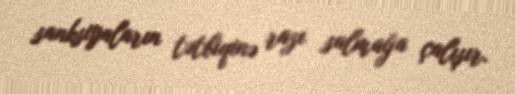
sanksiyaların tətbiqinə razı salmağa çalışır.